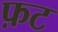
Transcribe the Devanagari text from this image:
फ़ट